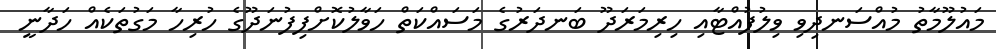
މައުލޫމާތު މުއްސަނދިވި ވިލުފުއްޓާއި ހިރިމަރަދޫ ބަނދަރުގެ މަސައްކަތް ހަވާލުކޮށްފިފުނަދޫގެ ހުރިހާ މަގުތަކެއް ހަދާނީ